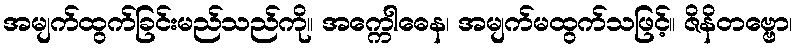
အမျက်ထွက်ခြင်းမည်သည်ကို။ အက္ကေါဓေန၊ အမျက်မထွက်သဖြင့်။ ဇိနိတဗ္ဗော၊